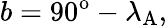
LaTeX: b=90^{\mathrm{o}}-\lambda_{\mathrm{A}},